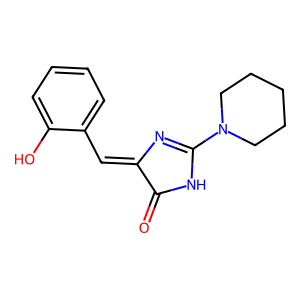
SMILES: O=C1NC(N2CCCCC2)=NC1=Cc1ccccc1O
Inhibits HIV replication: No